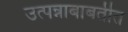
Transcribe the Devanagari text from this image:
उत्पन्नाबाबतीत